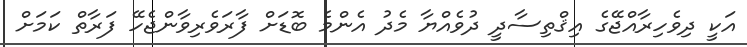
އަކީ ދިވެހިރާއްޖޭގެ އިޤްތިސާދީ ދުވެއްޔާ މެދު އެންމެ ބޮޑަށް ފާރަވެރިވާންޖެހޭ ފަރާތް ކަމަށް